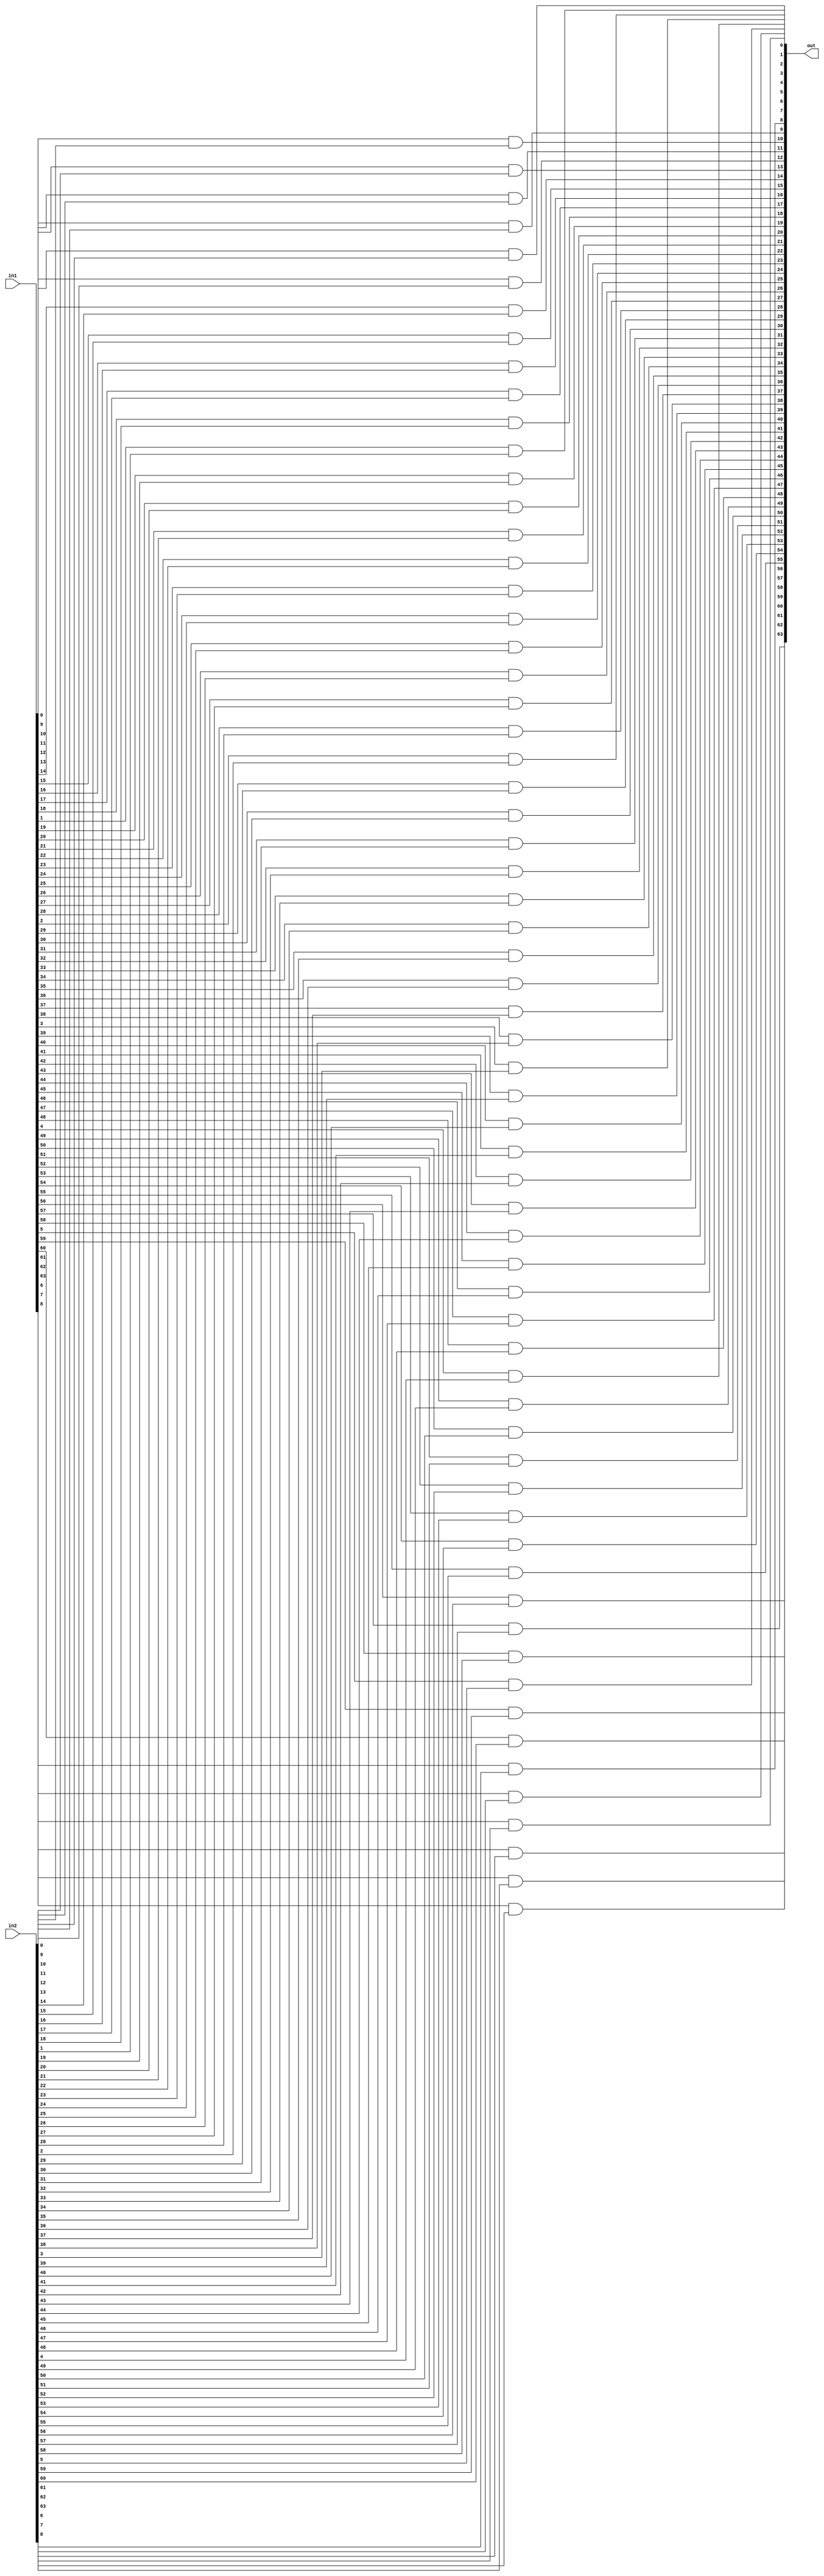
module and_ (in1, in2, out);

	input  [63:0] in1, in2;
	output [63:0] out;

	genvar i;
	generate
		for (i = 0; i < 64; i = i + 1) begin
			and(out[i], in1[i], in2[i]);
		end
	endgenerate

endmodule